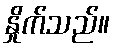
နှိုက်သည်။